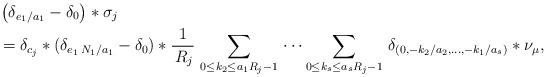
LaTeX: \begin{align*}&\left(\delta_{e_1/a_1}-\delta_0\right)*\sigma_j\\&=\delta_{c_j}\ast (\delta_{e_1\,N_1/a_1}-\delta_0)\ast \frac{1}{\,R_j}\,\sum_{0\le k_2\le a_1 R_j-1}\,\dots \sum_{0\le k_s\le a_s R_j-1}\,\delta_{(0,-k_2/a_2,\dots,-k_1/a_s)}\ast \nu_\mu,\end{align*}